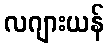
လဂျားယန်